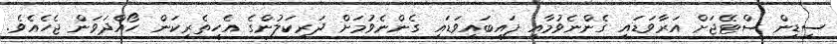
ސިޑިން ސްޓޭޖަށް އަރާވަޑައި ގެންނެވުމާއި ފައިބައިވަޑައި ގެންނެވުމަށް ދަރިކަލުންގެ އެހީތެރިކަން ހޯއްދަވަން ޖެހެއެވެ.